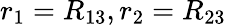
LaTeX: r_{1}=R_{13},r_{2}=R_{23}